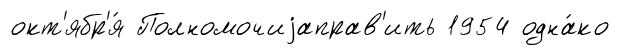
окт'ябр'я́ Полномочиjаправ'ить 1954 одна́ко